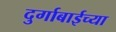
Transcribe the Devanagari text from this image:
दुर्गाबाईच्या